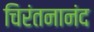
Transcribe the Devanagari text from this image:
चिरंतनानंद